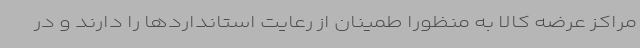
مراکز عرضه کالا به منظورا طمینان از رعایت استانداردها را دارند و در